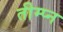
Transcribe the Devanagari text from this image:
तीम्प्न